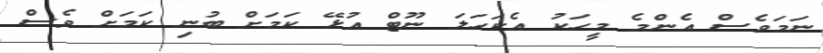
ނަމަވެސް އެންމެ މީހަކު އެކަހަލަ ނޫޓް އުޅޭ ކަމަށް ބުނި ކަމަށް ވެސް